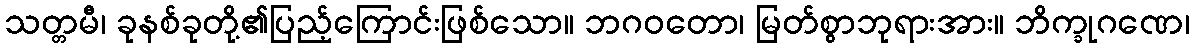
သတ္တမီ၊ ခုနစ်ခုတို့၏ပြည့်ကြောင်းဖြစ်သော။ ဘဂဝတော၊ မြတ်စွာဘုရားအား။ ဘိက္ခုဂဏေ၊